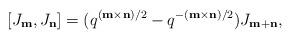
LaTeX: \begin{align*}[J_{\bf m},J_{\bf n}]=(q^{({\bf m}\times{\bf n})/2}-q^{-({\bf m}\times{\bf n})/2})J_{{\bf m}+{\bf n}},\end{align*}